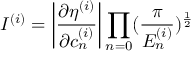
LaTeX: I ^ { ( i ) } = \left| \frac { \partial \eta ^ { ( i ) } } { \partial c _ { n } ^ { ( i ) } } \right| \prod _ { n = 0 } ( \frac { \pi } { E _ { n } ^ { ( i ) } } ) ^ { \frac { 1 } { 2 } }